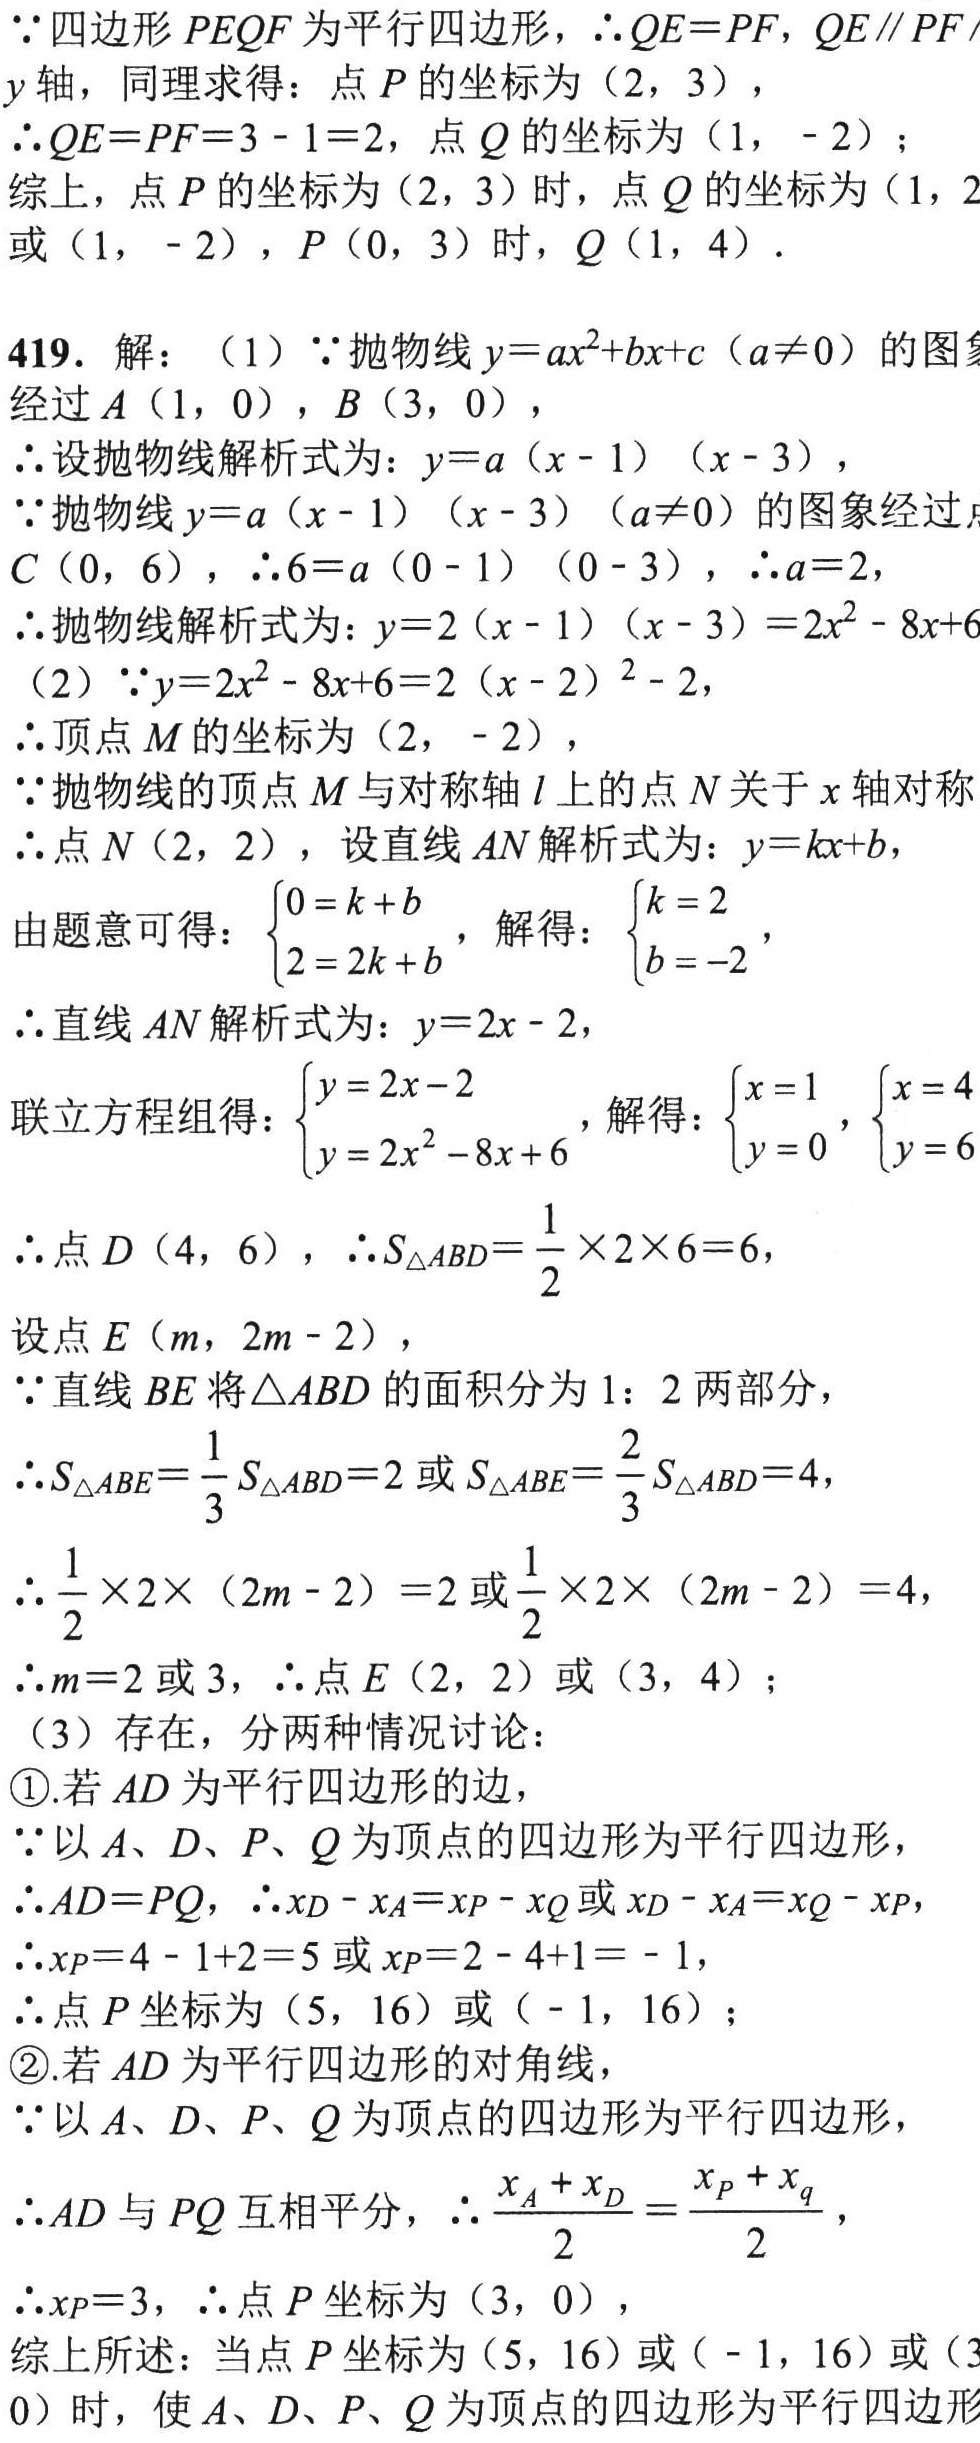
\( \because\)四边形\(PEQF\)为平行四边形，\(\therefore QE = PF\)，\(QE\parallel PF\)
\(y\)轴，同理求得：点\(P\)的坐标为\((2,3)\)，
\(\therefore QE = PF = 3 - 1 = 2\)，点\(Q\)的坐标为\((1,-2)\)；
综上，点\(P\)的坐标为\((2,3)\)时，点\(Q\)的坐标为\((1,\)
或\((1,-2)\)，\(P(0,3)\)时，\(Q(1,4)\)．

419. 解：（1）\(\because\)抛物线\(y = ax^{2}+bx + c(a\neq0)\)的图
经过\(A(1,0)\)，\(B(3,0)\)，
\(\therefore\)设抛物线解析式为：\(y = a(x - 1)(x - 3)\)，
\(\because\)抛物线\(y = a(x - 1)(x - 3)(a\neq0)\)的图象经过点
\(C(0,6)\)，\(\therefore6 = a(0 - 1)(0 - 3)\)，\(\therefore a = 2\)，
\(\therefore\)抛物线解析式为：\(y = 2(x - 1)(x - 3)=2x^{2}-8x + 6\)
（2）\(\because y = 2x^{2}-8x + 6 = 2(x - 2)^{2}-2\)，
\(\therefore\)顶点\(M\)的坐标为\((2,-2)\)，
\(\because\)抛物线的顶点\(M\)与对称轴\(l\)上的点\(N\)关于\(x\)轴对称
\(\therefore\)点\(N(2,2)\)，设直线\(AN\)解析式为：\(y = kx + b\)，
由题意可得：\(\begin{cases}0 = k + b\\2 = 2k + b\end{cases}\)，解得：\(\begin{cases}k = 2\\b = - 2\end{cases}\)，
\(\therefore\)直线\(AN\)解析式为：\(y = 2x - 2\)，
联立方程组得：\(\begin{cases}y = 2x - 2\\y = 2x^{2}-8x + 6\end{cases}\)，解得：\(\begin{cases}x = 1\\y = 0\end{cases}\)，\(\begin{cases}x = 4\\y = 6\end{cases}\)
\(\therefore\)点\(D(4,6)\)，\(\therefore S_{\triangle ABD}=\frac{1}{2}\times2\times6 = 6\)，
设点\(E(m,2m - 2)\)，
\(\because\)直线\(BE\)将\(\triangle ABD\)的面积分为\(1:2\)两部分，
\(\therefore S_{\triangle ABE}=\frac{1}{3}S_{\triangle ABD}=2\)或\(S_{\triangle ABE}=\frac{2}{3}S_{\triangle ABD}=4\)，
\(\therefore\frac{1}{2}\times2\times(2m - 2)=2\)或\(\frac{1}{2}\times2\times(2m - 2)=4\)，
\(\therefore m = 2\)或\(3\)，\(\therefore\)点\(E(2,2)\)或\((3,4)\)；
（3）存在，分两种情况讨论：
\textcircled{1}.若\(AD\)为平行四边形的边，
\(\because\)以\(A\)、\(D\)、\(P\)、\(Q\)为顶点的四边形为平行四边形，
\(\therefore AD = PQ\)，\(\therefore x_{D}-x_{A}=x_{P}-x_{Q}\)或\(x_{D}-x_{A}=x_{Q}-x_{P}\)，
\(\therefore x_{P}=4 - 1+2 = 5\)或\(x_{P}=2 - 4+1=-1\)，
\(\therefore\)点\(P\)坐标为\((5,16)\)或\((-1,16)\)；
\textcircled{2}.若\(AD\)为平行四边形的对角线，
\(\because\)以\(A\)、\(D\)、\(P\)、\(Q\)为顶点的四边形为平行四边形，
\(\therefore AD\)与\(PQ\)互相平分，\(\therefore\frac{x_{A}+x_{D}}{2}=\frac{x_{P}+x_{q}}{2}\)，
\(\therefore x_{P}=3\)，\(\therefore\)点\(P\)坐标为\((3,0)\)，
综上所述：当点\(P\)坐标为\((5,16)\)或\((-1,16)\)或\((3\)
\(0)\)时，使\(A\)、\(D\)、\(P\)、\(Q\)为顶点的四边形为平行四边形